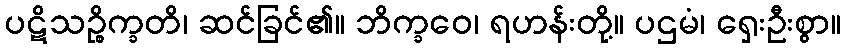
ပဋိသဉ္စိက္ခတိ၊ ဆင်ခြင်၏။ ဘိက္ခဝေ၊ ရဟန်းတို့။ ပဌမံ၊ ရှေးဦးစွာ။